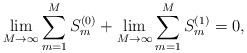
LaTeX: \begin{align*}\lim_{M\to\infty}\sum_{m=1}^M S_m^{(0)}+\lim_{M\to\infty}\sum_{m=1}^MS_m^{(1)}=0,\end{align*}